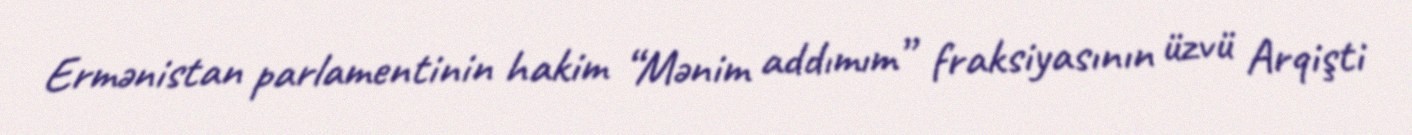
Ermənistan parlamentinin hakim “Mənim addımım” fraksiyasının üzvü Arqişti